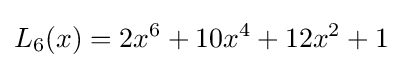
L_{6}(x)=2x^{6}+10x^{4}+12x^{2}+1